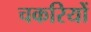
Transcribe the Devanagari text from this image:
चकरियों